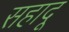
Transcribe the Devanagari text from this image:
सहादू